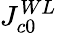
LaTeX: J_{c0}^{WL}